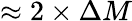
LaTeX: \approx 2\times\Delta M